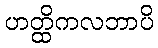
ဟတ္ထိကလဘာပိ